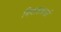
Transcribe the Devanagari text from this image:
निवासकर्त्ता